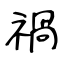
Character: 禍